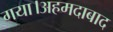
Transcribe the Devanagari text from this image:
गया।अहमदाबाद